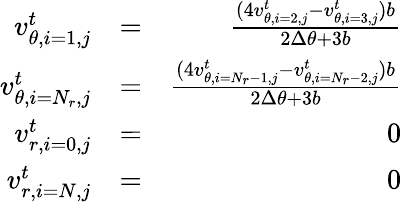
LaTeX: \begin{array}{rlr}{v_{\theta,i=1,j}^{t}}&{=}&{\frac{(4v_{\theta,i=2,j}^{t}-v_{\theta,i=3,j}^{t})b}{2\Delta\theta+3b}}\\ {v_{\theta,i=N_{r},j}^{t}}&{=}&{\frac{(4v_{\theta,i=N_{r}-1,j}^{t}-v_{\theta,i=N_{r}-2,j}^{t})b}{2\Delta\theta+3b}}\\ {v_{r,i=0,j}^{t}}&{=}&{0}\\ {v_{r,i=N,j}^{t}}&{=}&{0}\end{array}